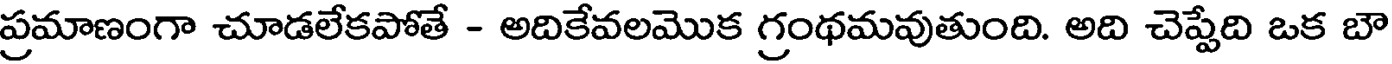
ప్రమాణంగా చూడలేకపోతే - అదికేవలమొక గ్రంథమవుతుంది. అది చెప్పేది ఒక బౌ